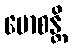
မောစန္တိ